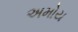
અમોય